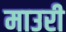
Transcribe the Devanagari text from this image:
माउरी